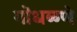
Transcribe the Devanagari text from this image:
गोंधळणे